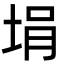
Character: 埍